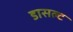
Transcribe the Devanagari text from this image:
डासल्ट